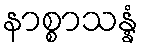
နာစ္စာသန္နံ